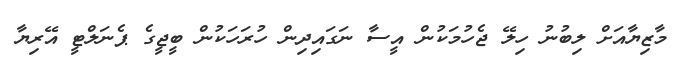
މާޒިޔާއަށް ލިބުނު ހިލޭ ޖެހުމަކުން އީސާ ނަގައިދިން ހުރަހަކުން ބީޖީގެ ޕެނަލްޓީ އޭރިޔާ